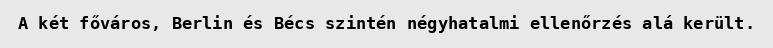
A két főváros, Berlin és Bécs szintén négyhatalmi ellenőrzés alá került.